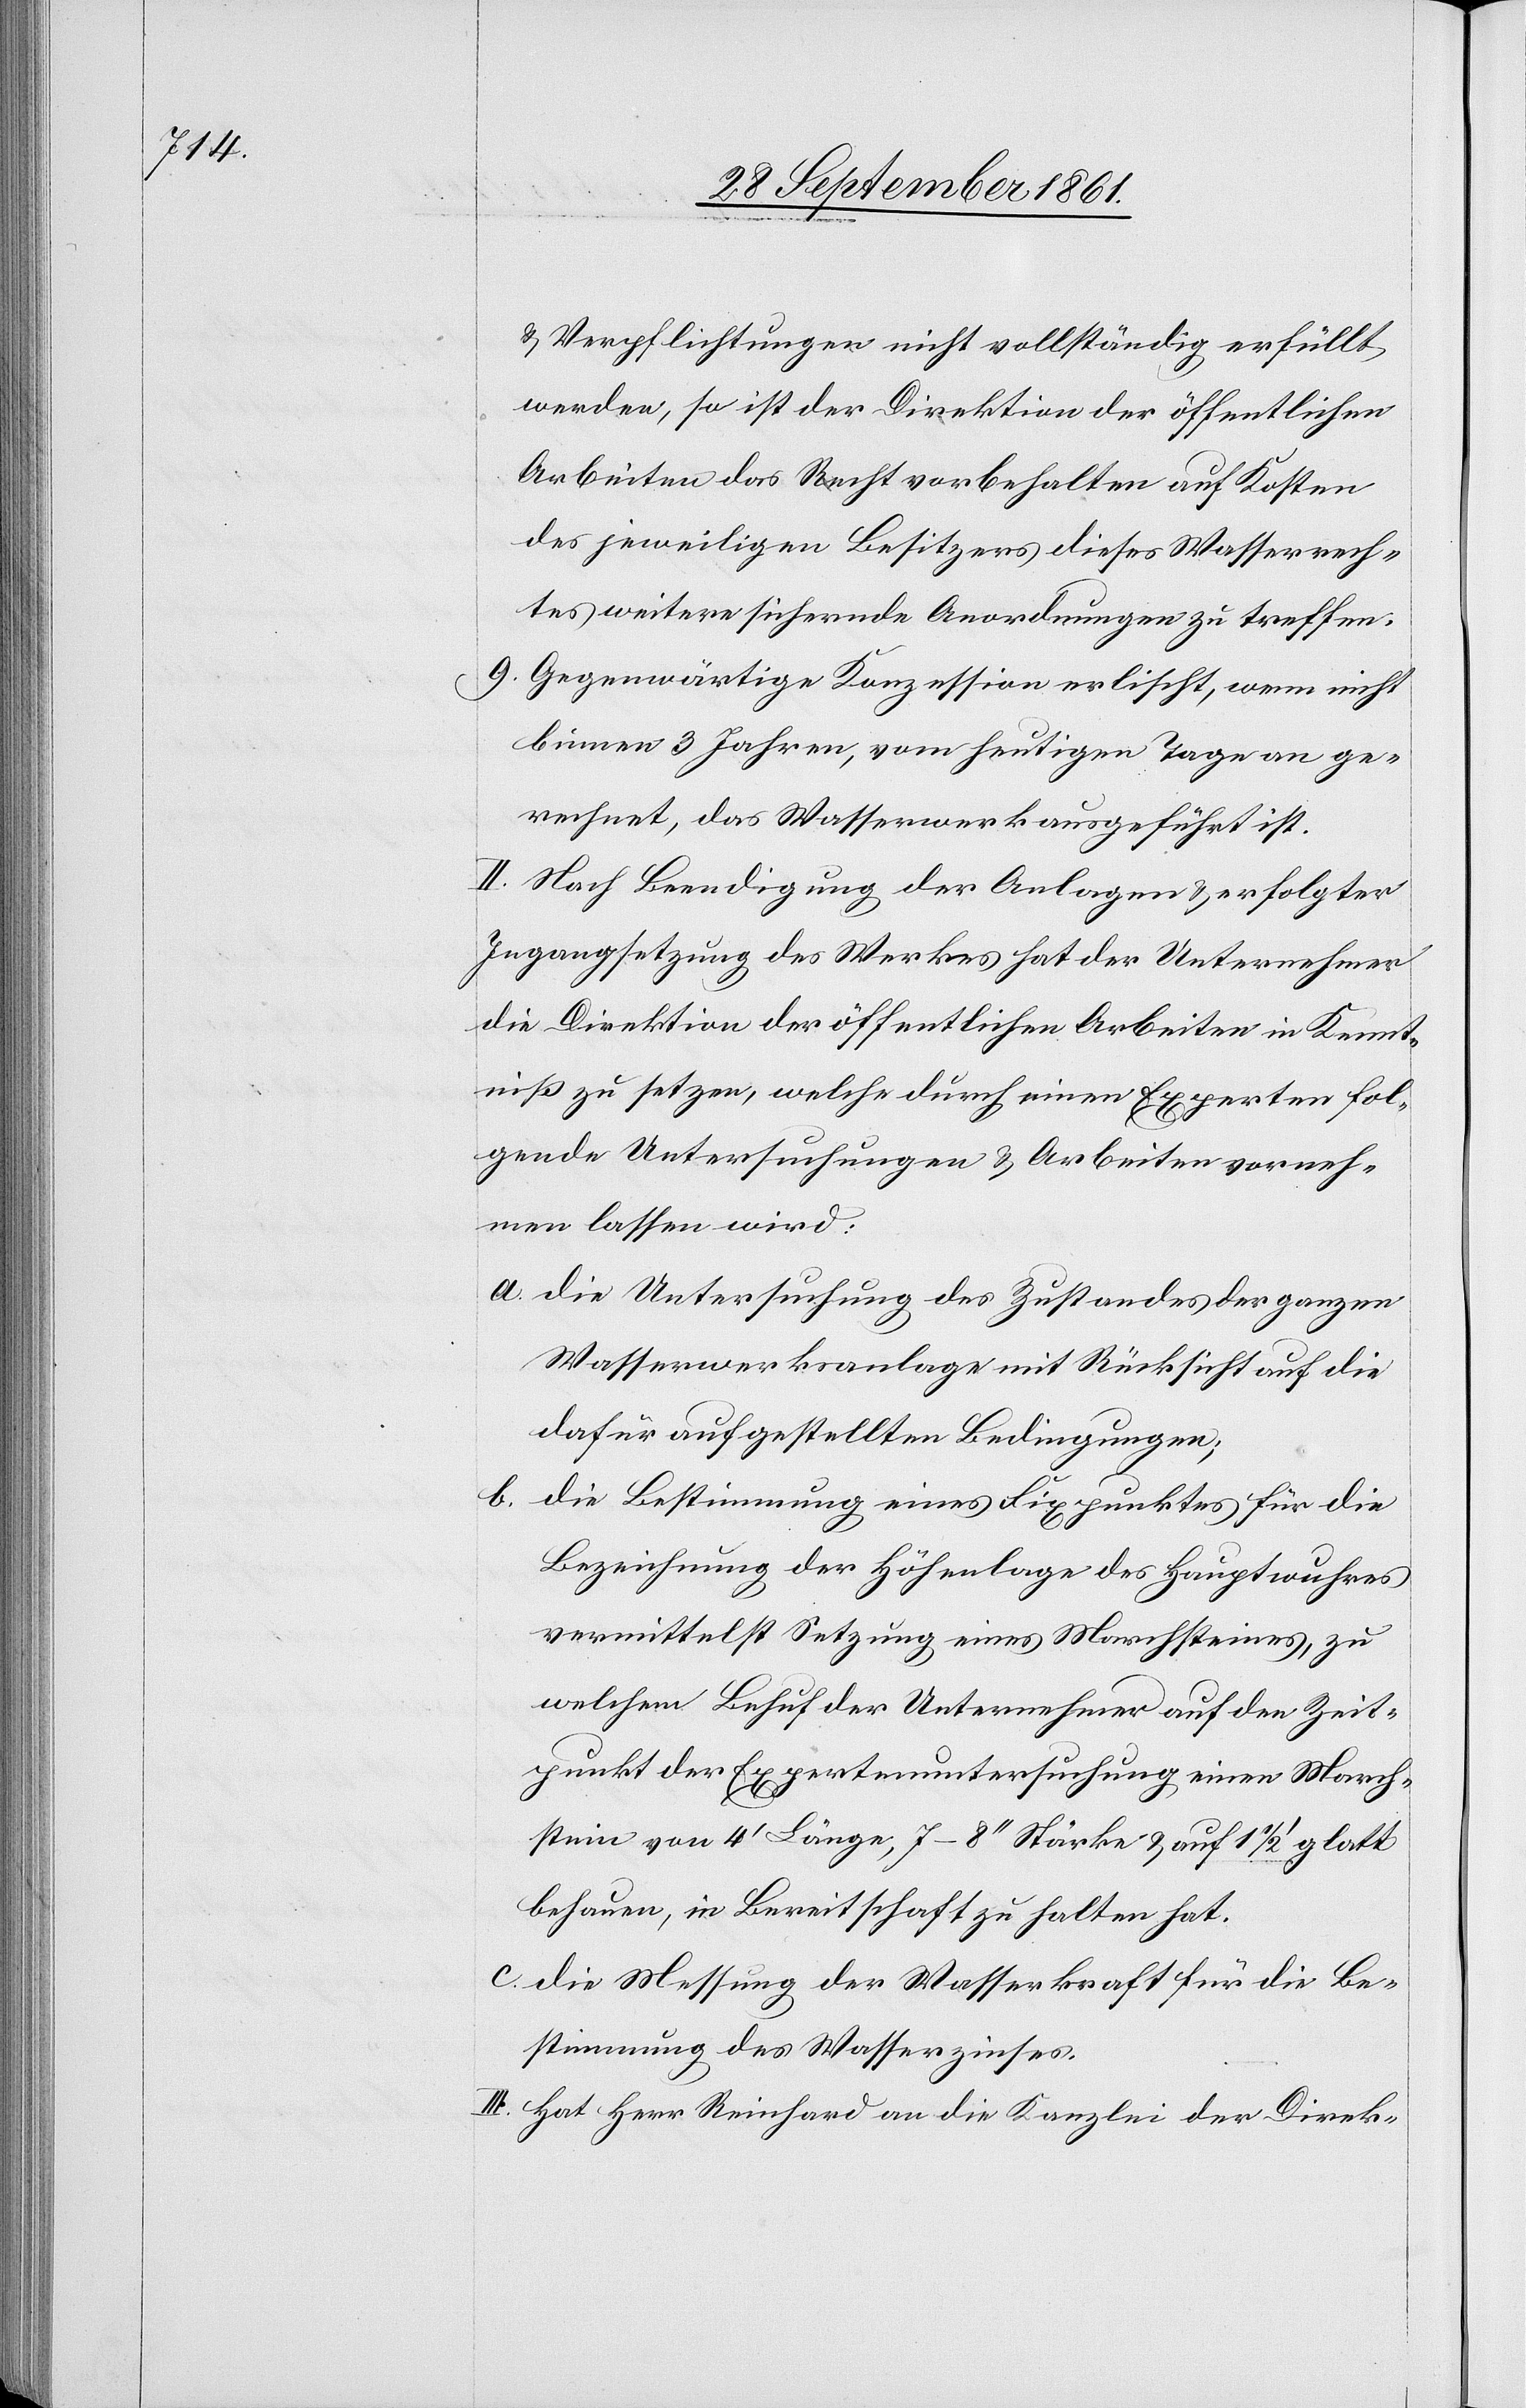
u. Verpflichtungen nicht vollständig erfüllt
werden, so ist der Direktion der öffentlichen
Arbeiten das Recht vorbehalten auf Kosten
des jeweiligen Besitzers dieses Wasserrech¬
tes weitere sichernde Anordnungen zu treffen.
9. Gegenwärtige Konzession erlischt, wenn nicht
binnen 3 Jahren, vom heutigen Tage an ge¬
rechnet, das Wasserwerk ausgeführt ist.
II. Nach Beendigung der Anlagen u. erfolgter
Ingangsetzung des Werkes hat der Unternehmer
die Direktion der öffentlichen Arbeiten in Kennt¬
niß zu setzen, welche durch einen Experten fol¬
gende Untersuchungen u. Arbeiten vorneh¬
men lassen wird:
a. die Untersuchung des Zustandes der ganzen
Wasserwerksanlage mit Rücksicht auf die
dafür aufgestellten Bedingungen;
b. die Bestimmung eines Fixpunktes für die
Bezeichnung der Höhenlage des Hauptwuhres
vermittelst Setzung eines Marchsteines, zu
welchem Behuf der Unternehmer auf den Zeit¬
punkt der Expertenuntersuchung einen March¬
stein von 4’ Länge, 7–8“ Stärke u. auf 1 1/2’ glatt
behauen, in Bereitschaft zu halten hat.
c. die Messung der Wasserkraft für die Be¬
stimmung des Wasserzinses.
III. Hat Herr Reinhard an die Kanzlei der Direk-